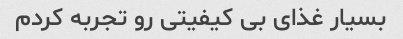
بسیار غذای بی کیفیتی رو تجربه کردم